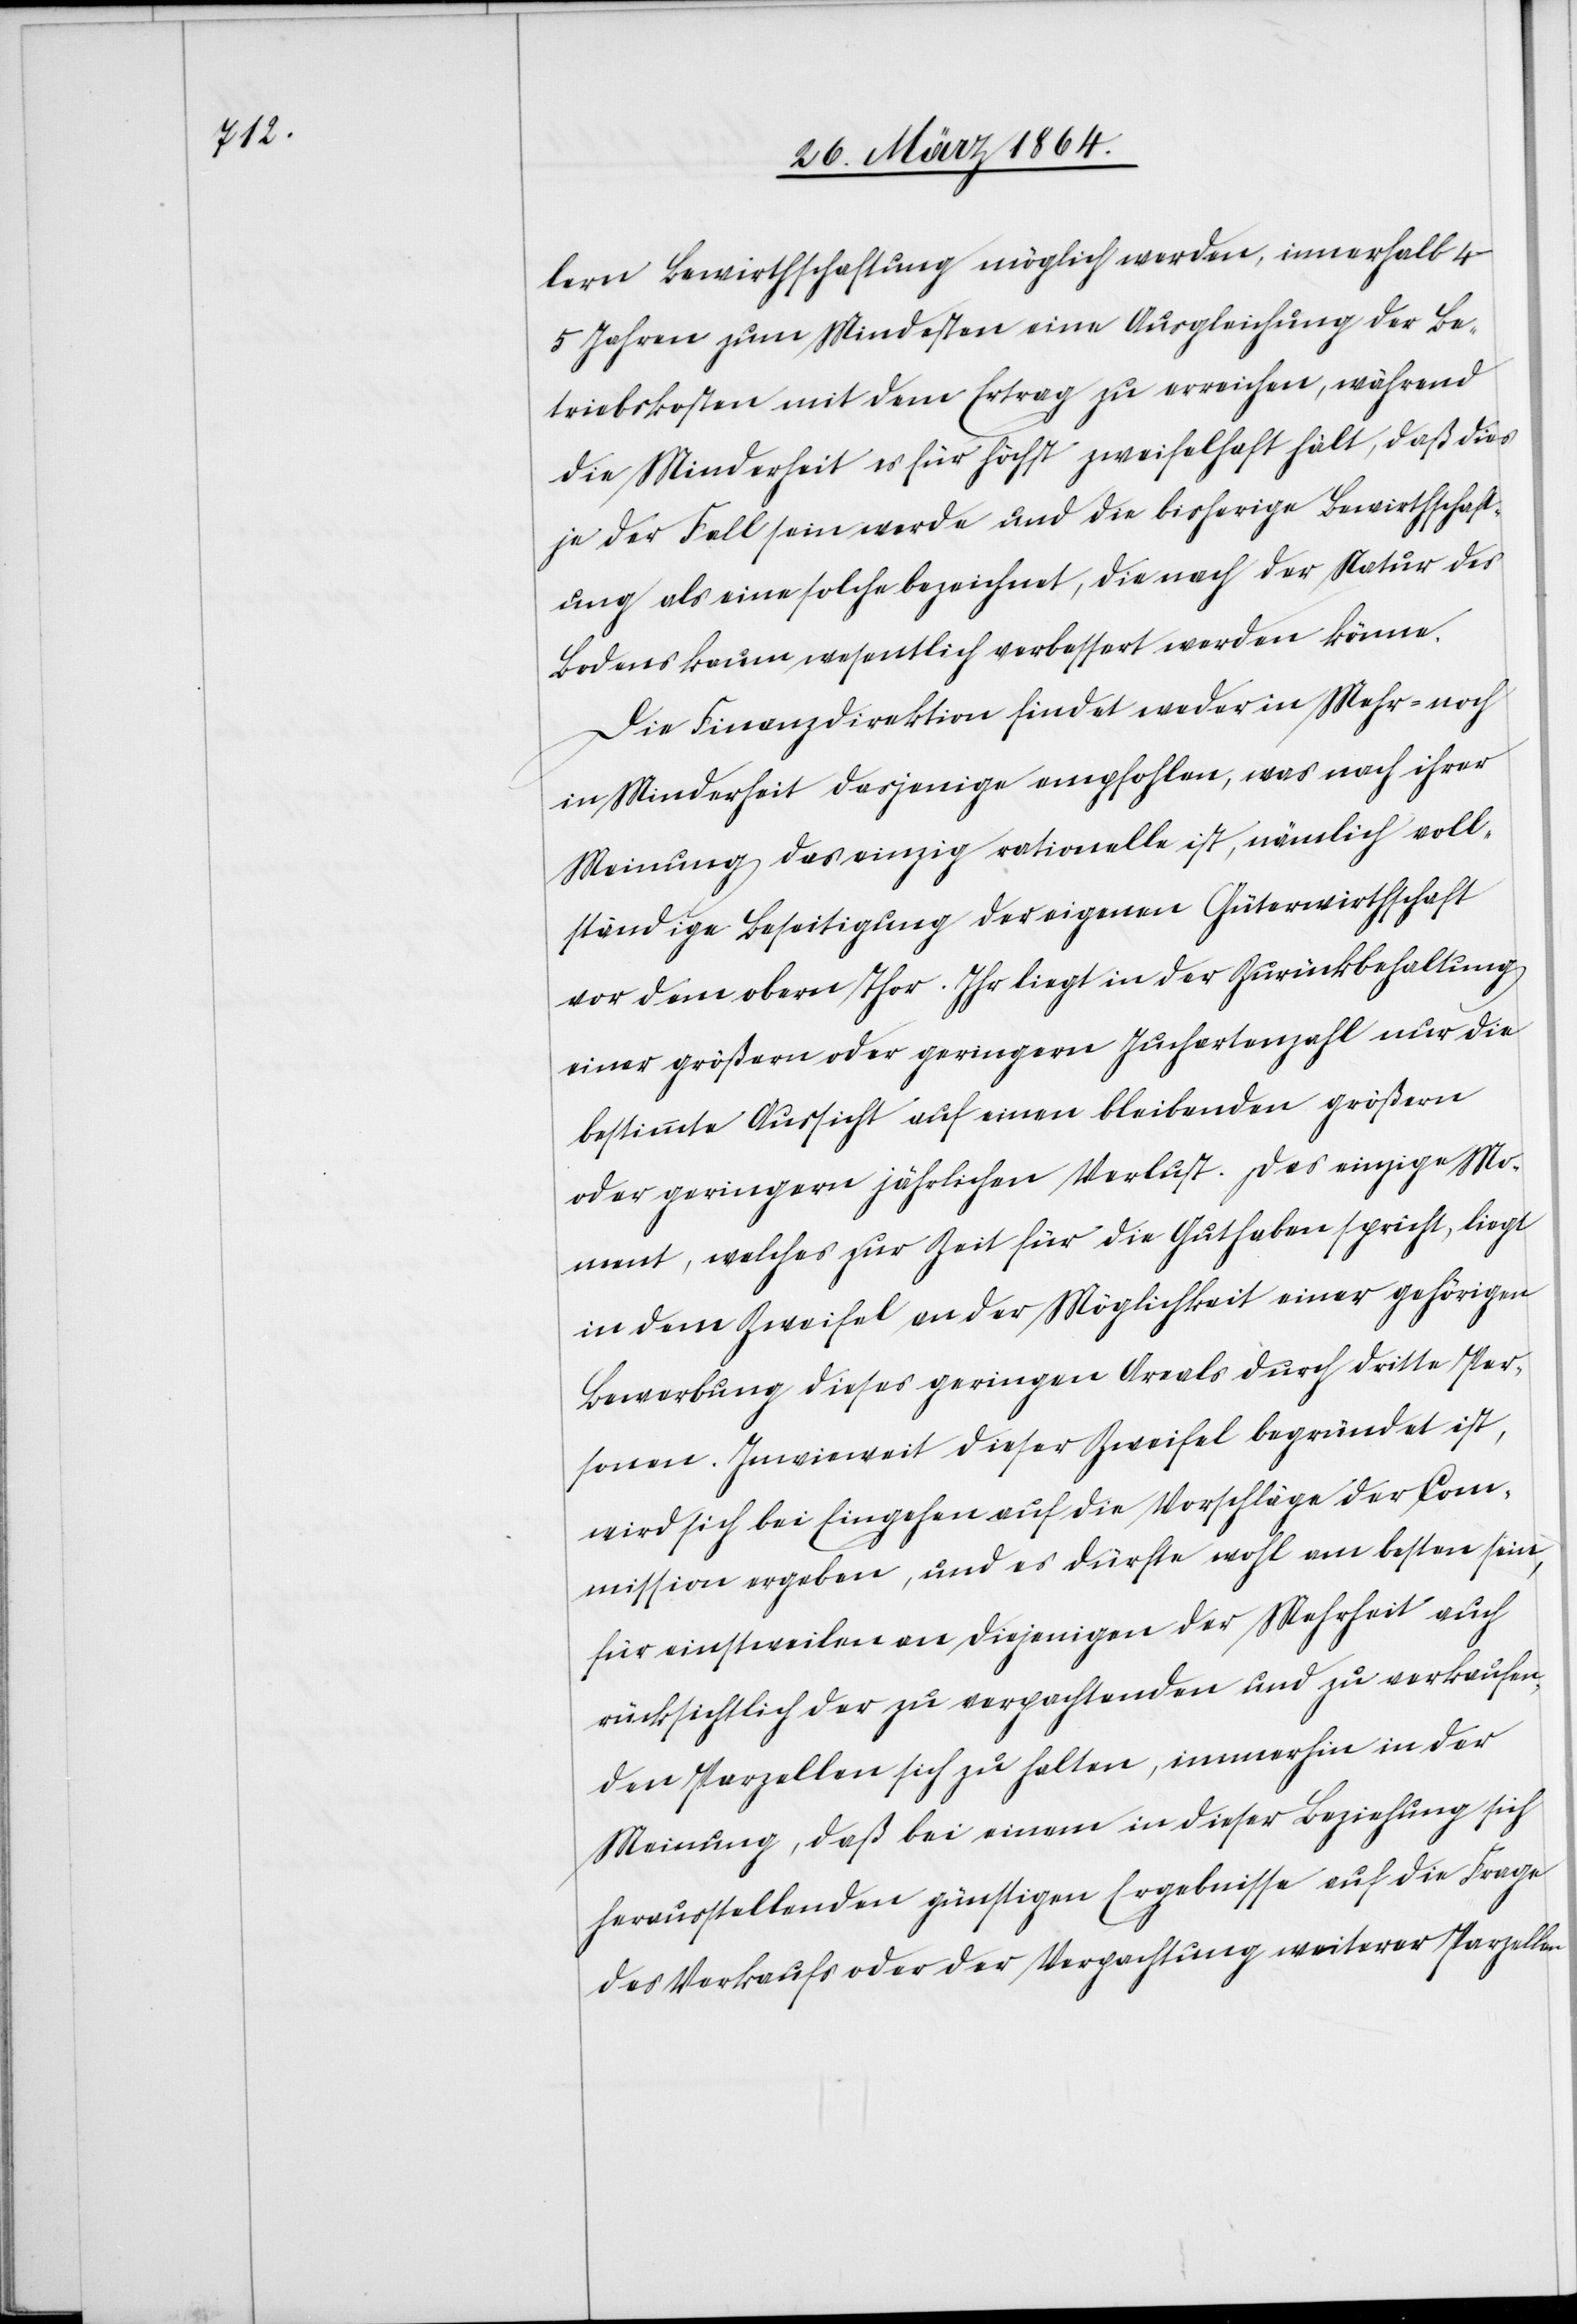
lern Bewirthschaftung möglich werden, innerhalb 4-5
Jahren zum mindesten eine Ausgleichung der Be¬
triebskosten mit dem Ertrag zu erreichen, während
die Minderheit es für höchst zweifelhaft hält, daß dies
je der Fall sein werde und die bisherige Bewirthschaft¬
ung als eine solche bezeichnet, die nach der Natur des
Bodens kaum wesentlich verbessert werden könne.
Die Finanzdirektion findet weder in Mehr- noch
in Minderheit dasjenige empfohlen, was nach ihrer
Meinung das einzig rationelle ist, nämlich voll¬
ständige Beseitigung der eigenen Güterwirthschaft
vor dem obern Thor. Ihr liegt in der Zurückbehaltung
einer größern oder geringern Juchartenzahl nur die
bestimmte Aussicht auf einen bleibenden größern
oder geringern jährlichen Verlust. Das einzige Mo¬
ment, welches zur Zeit für die Guthaben spricht, liegt
in dem Zweifel an der Möglichkeit einer gehörigen
Bewerbung dieses geringen Areals durch dritte Per¬
sonen. Inwieweit dieser Zweifel begründet ist,
wird sich bei Eingehen auf die Vorschläge der Com¬
mission ergeben, und es dürfte wohl am besten sein,
für einstweilen an diejenigen der Mehrheit auch
rücksichtlich der zu verpachtenden und zu verkaufen¬
den Parzellen sich zu halten, immerhin in der
Meinung, daß bei einem in dieser Beziehung sich
herausstellenden günstigen Ergebnisse auf die Frage
des Verkaufs oder der Verpachtung weiterer Parzellen